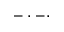
- \cdot - \cdot